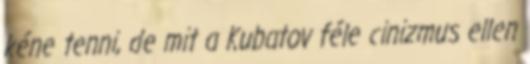
kéne tenni, de mit a Kubatov féle cinizmus ellen